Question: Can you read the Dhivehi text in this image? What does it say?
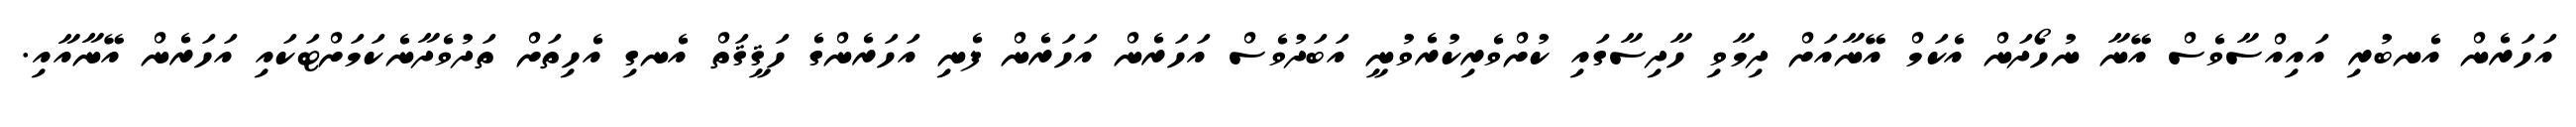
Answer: އަހަރެން އެނބުރި އައިއްސާވެސް އޭނާ ނުހޯދަން އެކަމް އޭނާއަށް ދިމާވި ހާދިސާގައި ކުށްވެރިކުރެވުނީ އަބަދުވެސް އަހަރެން އަހަރެން ފެނި އަހަރެންގެ ހަޤީޤަތް އެނގި އެހިތަށް ތަދުވެދާނެކަމަށްޓަކައި އަހަރެން އޭނާއާއި.